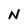
Character: N